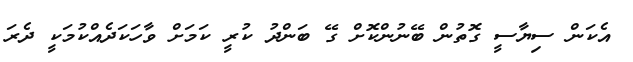
އެކަން ސިޔާސީ ގޮތުން ބޭނުންކޮށް ގޭ ބަންދު ކުރީ ކަމަށް ވާހަކަދެއްކުމަކީ ދެރަ